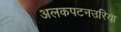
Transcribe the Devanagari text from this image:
अलकपटनउरिया